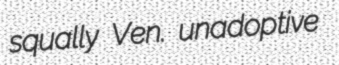
squally Ven. unadoptive